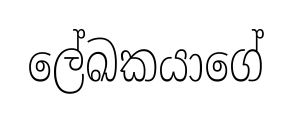
ලේඛකයාගේ